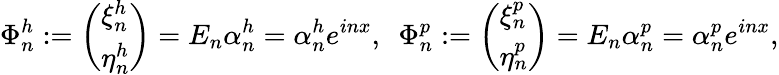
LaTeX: \Phi_{n}^{h}:=\left(\begin{array}{l}{\xi_{n}^{h}}\\ {\eta_{n}^{h}}\end{array}\right)=E_{n}\alpha_{n}^{h}=\alpha_{n}^{h}e^{inx},\ \ \Phi_{n}^{p}:=\left(\begin{array}{l}{\xi_{n}^{p}}\\ {\eta_{n}^{p}}\end{array}\right)=E_{n}\alpha_{n}^{p}=\alpha_{n}^{p}e^{inx},